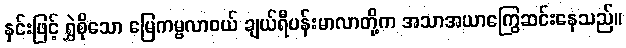
နှင်းဖြင့် ရွှဲစိုသော မြေကမ္ဗလာဝယ် ချယ်ရီပန်းမာလာတို့က အသာအယာကြွေဆင်းနေသည်။